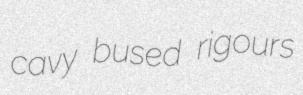
cavy bused rigours